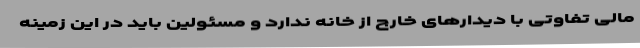
مالی تفاوتی با دیدارهای خارج از خانه ندارد و مسئولین باید در این زمینه